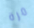
مرة